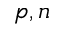
p , n